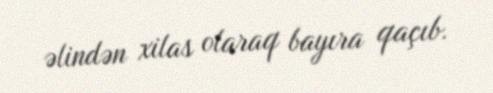
əlindən xilas olaraq bayıra qaçıb.